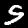
Digit: 5